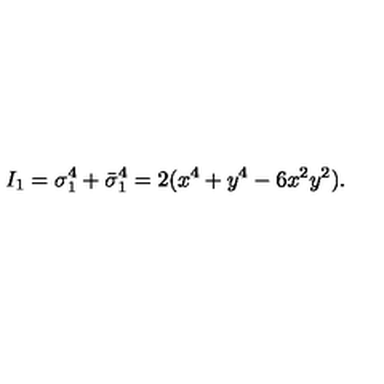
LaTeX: I _ { 1 } = \sigma _ { 1 } ^ { 4 } + \bar { \sigma } _ { 1 } ^ { 4 } = 2 ( x ^ { 4 } + y ^ { 4 } - 6 x ^ { 2 } y ^ { 2 } ) .